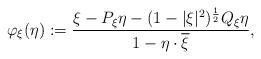
LaTeX: \begin{align*}\varphi_{\xi}(\eta) := \frac {\xi-P_{\xi}\eta-(1-|\xi|^2)^{\frac {1}{2}}Q_{\xi}\eta}{1-\eta\cdot\overline{\xi}},\end{align*}